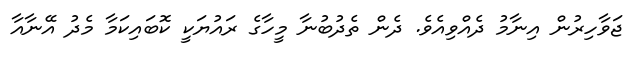
ޖަވާހިރުން އިނާމު ދެއްވިއެވެ. ދެން ތެދުބުނާ މީހާގެ ރައުޔަކީ ކޮބައިކަމާ މެދު އޭނާއާ